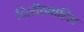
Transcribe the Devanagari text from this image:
दिलीख्वाहिश